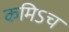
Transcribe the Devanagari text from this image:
कमिऽच